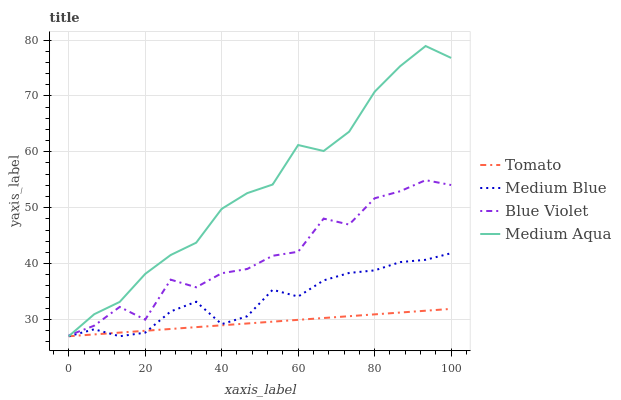
| xaxis_label | Tomato | Medium Blue | Blue Violet | Medium Aqua |
 | --- | --- | --- | --- | --- |
 | 0 | 27 | 27 | 27.2 | 27 |
 | 6.67 | 27.3 | 28.2 | 28.9 | 30.9 |
 | 13.3 | 27.7 | 27 | 32.2 | 33.1 |
 | 20 | 28 | 27.6 | 30 | 38.2 |
 | 26.7 | 28.3 | 31.4 | 37.1 | 41.5 |
 | 33.3 | 28.6 | 33.2 | 35.8 | 43.7 |
 | 40 | 29 | 29.2 | 38.3 | 49.8 |
 | 46.7 | 29.3 | 30.6 | 39 | 52.6 |
 | 53.3 | 29.6 | 35.3 | 41.4 | 54.1 |
 | 60 | 29.9 | 34.1 | 42.1 | 61.2 |
 | 66.7 | 30.3 | 37 | 48.1 | 60.1 |
 | 73.3 | 30.6 | 38.3 | 47 | 63.6 |
 | 80 | 30.9 | 38.8 | 51.7 | 70.7 |
 | 86.7 | 31.2 | 40.3 | 52.9 | 75.3 |
 | 93.3 | 31.6 | 40.7 | 54.9 | 78.9 |
 | 100 | 31.9 | 41.9 | 54.1 | 76.8 |